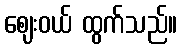
ဈေးဝယ် ထွက်သည်။